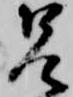
兄